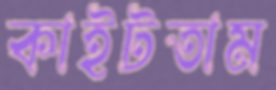
কাইটতাম